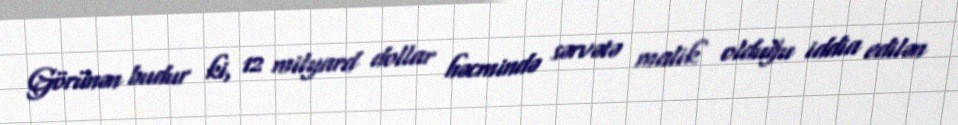
Görünən budur ki, 12 milyard dollar həcmində sərvətə malik olduğu iddia edilən